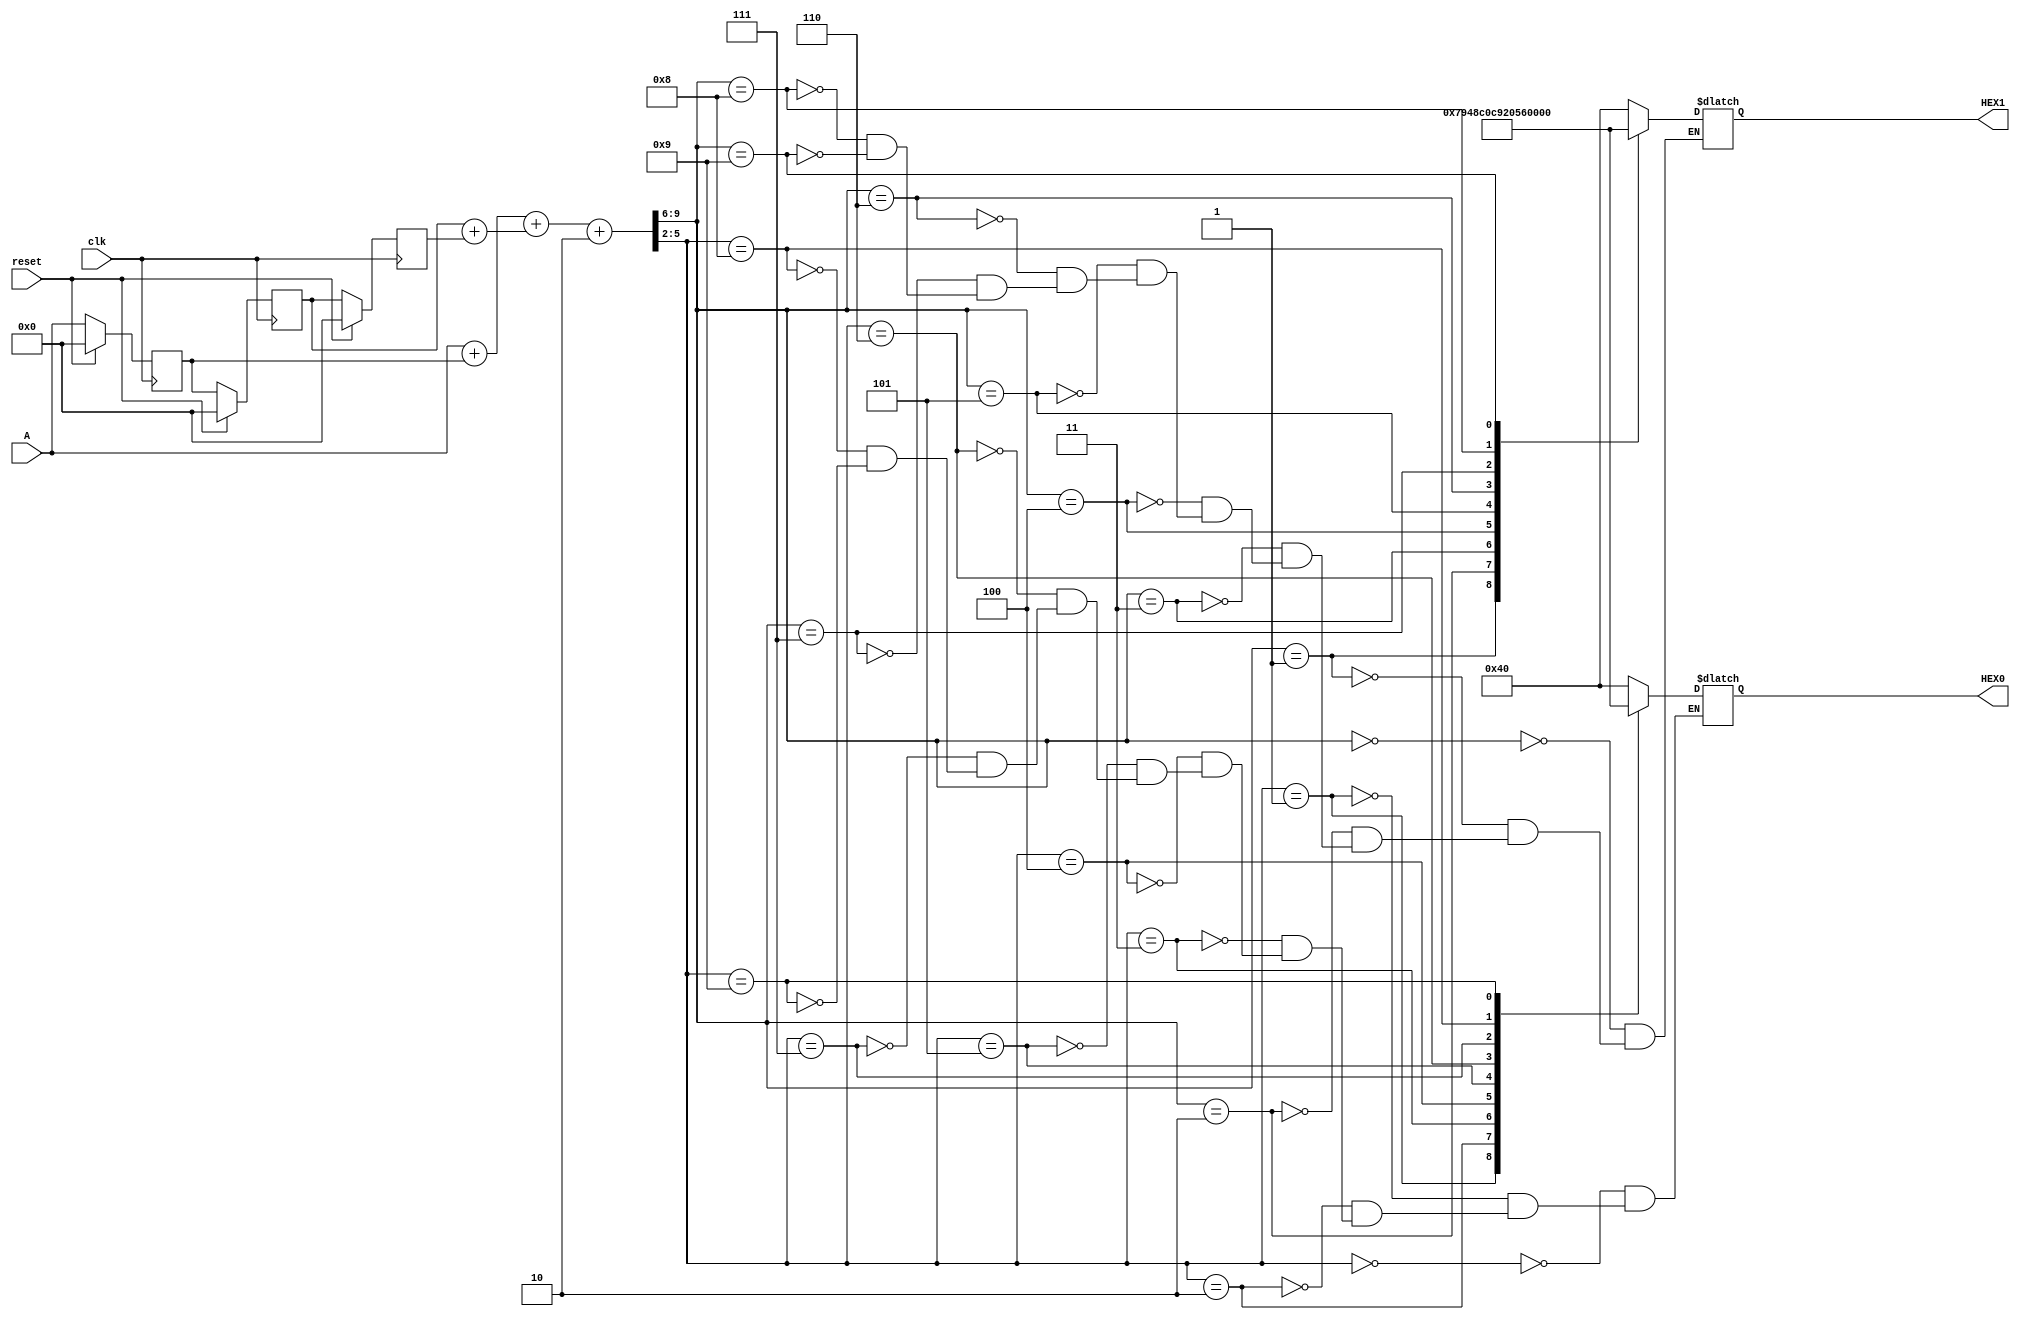
module johnson_8bit(A,clk,reset,HEX0,HEX1);
input [7:0]A;
input clk,reset;
output [6:0]HEX0;
output [6:0]HEX1;

wire [7:0]A;
wire clk,reset;
reg [6:0]HEX0;
reg [6:0]HEX1;
reg [7:0]B;
reg [7:0]C;
reg [7:0]D;


wire [7:0]Y;
wire [3:0]Y0;
wire [3:0]Y1;
wire [8:0]sum1;
wire [8:0]sum2;
wire [9:0]sum3;
wire [9:0]average;
wire [9:0]tmp;


always @(posedge clk)
begin
 if(reset)
   B <= 8'b0000_0000;
 else
   B <= A;
end

assign sum1 = (A + B);

always @(posedge clk)
begin
 if(reset)
   C <= 8'b0000_0000;
 else
   C <= B;
end

always @(posedge clk)
begin
 if(reset)
   D <= 8'b0000_0000;
 else
   D <= C;
end

assign sum2 = (C + D);

assign sum3 = (sum1 + sum2);
assign tmp = (sum3 + 10'b00_0000_0010); //rouding
assign average = tmp[9:2];              //truncation
assign Y = average[7:0];
assign Y0= Y[3:0];
assign Y1= Y[7:4];

always @(Y0)
 begin
  case(Y0)
  4'b0000 : HEX0 = 7'b1000000;   //0
  4'b0001 : HEX0 = 7'b1111001;   //1
  4'b0010 : HEX0 = 7'b0100100;   //2
  4'b0011 : HEX0 = 7'b0110000;   //3
  4'b0100 : HEX0 = 7'b0011001;   //4
  4'b0101 : HEX0 = 7'b0010010;   //5
  4'b0110 : HEX0 = 7'b0000010;   //6
  4'b0111 : HEX0 = 7'b1011000;   //7
  4'b1000 : HEX0 = 7'b0000000;   //8
  4'b1001 : HEX0 = 7'b0010000;   //9
  /*4'b1010 : HEX0 = 7'b0001000;   //A
  4'b1011 : HEX0 = 7'b0000011;   //b
  4'b1100 : HEX0 = 7'b1000110;   //C
  4'b1101 : HEX0 = 7'b0100001;   //d
  4'b1110 : HEX0 = 7'b0000110;   //E
  4'b1111 : HEX0 = 7'b0001110;   //F*/
  endcase 
 end
 
 always @(Y1)
 begin
  case(Y1)
  4'b0000 : HEX1 = 7'b1000000;   //0
  4'b0001 : HEX1 = 7'b1111001;   //1
  4'b0010 : HEX1 = 7'b0100100;   //2
  4'b0011 : HEX1 = 7'b0110000;   //3
  4'b0100 : HEX1 = 7'b0011001;   //4
  4'b0101 : HEX1 = 7'b0010010;   //5
  4'b0110 : HEX1 = 7'b0000010;   //6
  4'b0111 : HEX1 = 7'b1011000;   //7
  4'b1000 : HEX1 = 7'b0000000;   //8
  4'b1001 : HEX1 = 7'b0010000;   //9
  /*4'b1010 : HEX1 = 7'b0001000;   //A
  4'b1011 : HEX1 = 7'b0000011;   //b
  4'b1100 : HEX1 = 7'b1000110;   //C
  4'b1101 : HEX1 = 7'b0100001;   //d
  4'b1110 : HEX1 = 7'b0000110;   //E
  4'b1111 : HEX1 = 7'b0001110;   //F*/
  endcase 
 end



endmodule